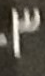
3